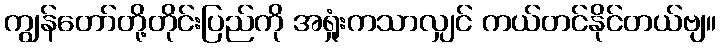
ကျွန်တော်တို့တိုင်းပြည်ကို အရှုံးကသာလျှင် ကယ်တင်နိုင်တယ်ဗျ။